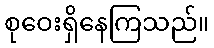
စုဝေးရှိနေကြသည်။